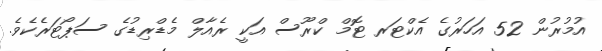
އުމުރުން 52 އަހަރުގެ އެކްޓަރ ޓޮމް ކްރޫސް އަކީ ރެއާލް މެޑްރިޑުގެ ސަޕޯޓަރެކެވެ.